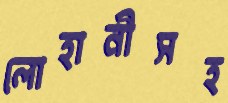
লোহানীসহ